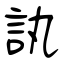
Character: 訙